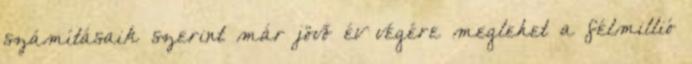
számításaik szerint már jövő év végére meglehet a félmillió